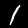
Label: 1